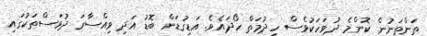
ތަންތަނުން ކޮންމެ ދުވަހަކުވެސް ހިދުމަތް ހޯދައެވެ. އަޑިގުޑަން ބޮޑު އަދި ވިއްސާރަ ދުވަސްތަކުގައި